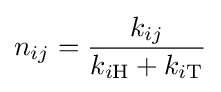
n_{ij}={\frac {k_{ij}}{k_{i\mathrm {H} }+k_{i\mathrm {T} }}}